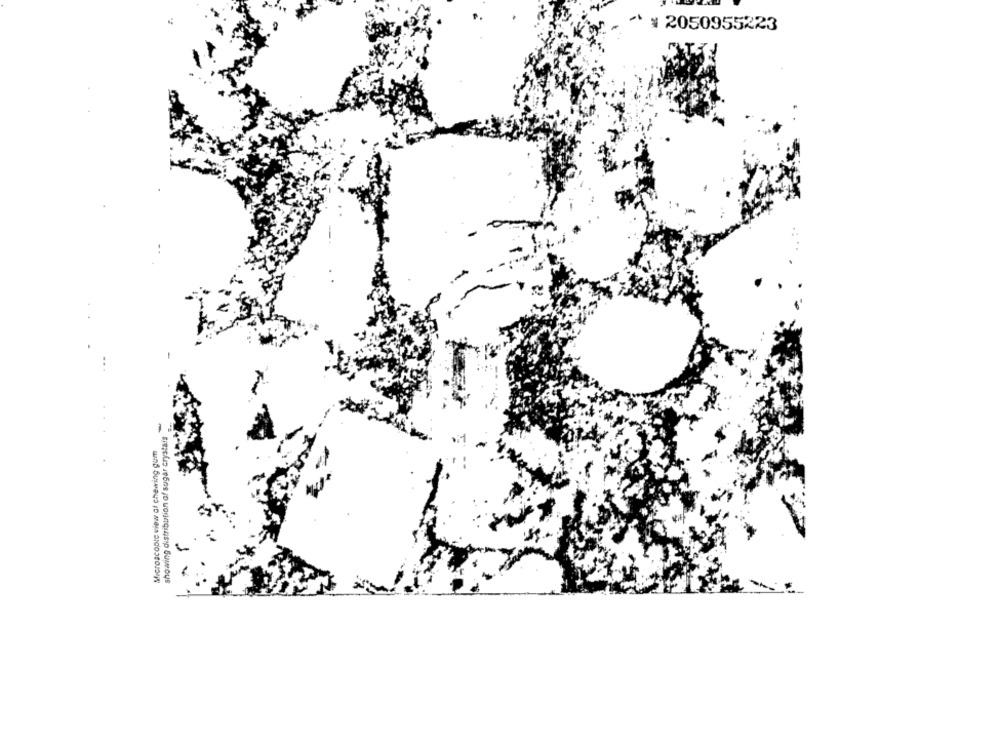
¥ 2050955223
showing distribution of sugar crystals
Microscopie view of chewing gum